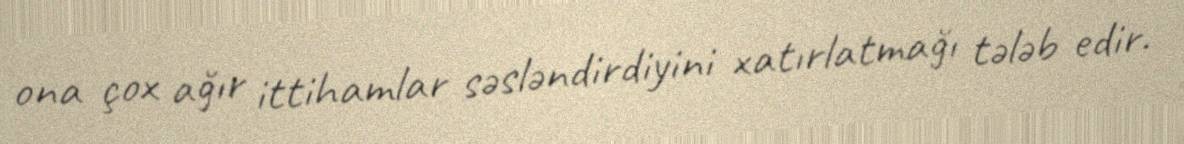
ona çox ağır ittihamlar səsləndirdiyini xatırlatmağı tələb edir.